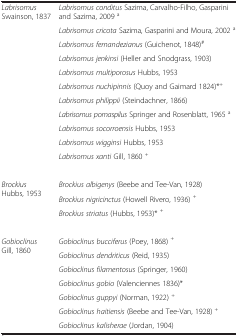
|  |  |
 | --- | --- |
 | Labrisomus Swainson, 1837 | Labrisomus conditus Sazima, Carvalho-Filho, Gasparini and Sazima, 2009 a |
 |  | Labrisomus cricota Sazima, Gasparini and Moura, 2002 a |
 |  | Labrisomus fernandezianus (Guichenot, 1848)# |
 |  | Labrisomus jenkinsi (Heller and Snodgrass, 1903) |
 |  | Labrisomus multiporosus Hubbs, 1953 |
 |  | Labrisomus nuchipinnis (Quoy and Gaimard 1824)*+ |
 |  | Labrisomus philippii (Steindachner, 1866) |
 |  | Labrisomus pomaspilus Springer and Rosenblatt, 1965 a |
 |  | Labrisomus socorroensis Hubbs, 1953 |
 |  | Labrisomus wigginsi Hubbs, 1953 |
 |  | Labrisomus xanti Gill, 1860 + |
 |  |  |
 | Brockius Hubbs, 1953 | Brockius albigenys (Beebe and Tee-Van, 1928) |
 |  | Brockius nigricinctus (Howell Rivero, 1936) + |
 |  | Brockius striatus (Hubbs, 1953)* + |
 |  |  |
 | Gobioclinus Gill, 1860 | Gobioclinus bucciferus (Poey, 1868) + |
 |  | Gobioclinus dendriticus (Reid, 1935) |
 |  | Gobioclinus filamentosus (Springer, 1960) |
 |  | Gobioclinus gobio (Valenciennes 1836)* |
 |  | Gobioclinus guppyi (Norman, 1922) + |
 |  | Gobioclinus haitiensis (Beebe and Tee-Van, 1928) + |
 |  | Gobioclinus kalisherae (Jordan, 1904) |